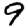
Digit: 9